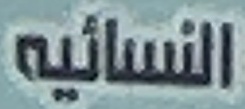
النسائيه